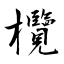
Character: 欖